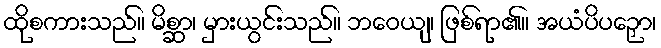
ထိုစကားသည်။ မိစ္ဆာ၊ မှားယွင်းသည်။ ဘဝေယျ၊ ဖြစ်ရာ၏။ အယံပိပဉှော၊